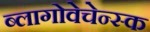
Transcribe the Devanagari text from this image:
ब्लागोवेचेन्स्क